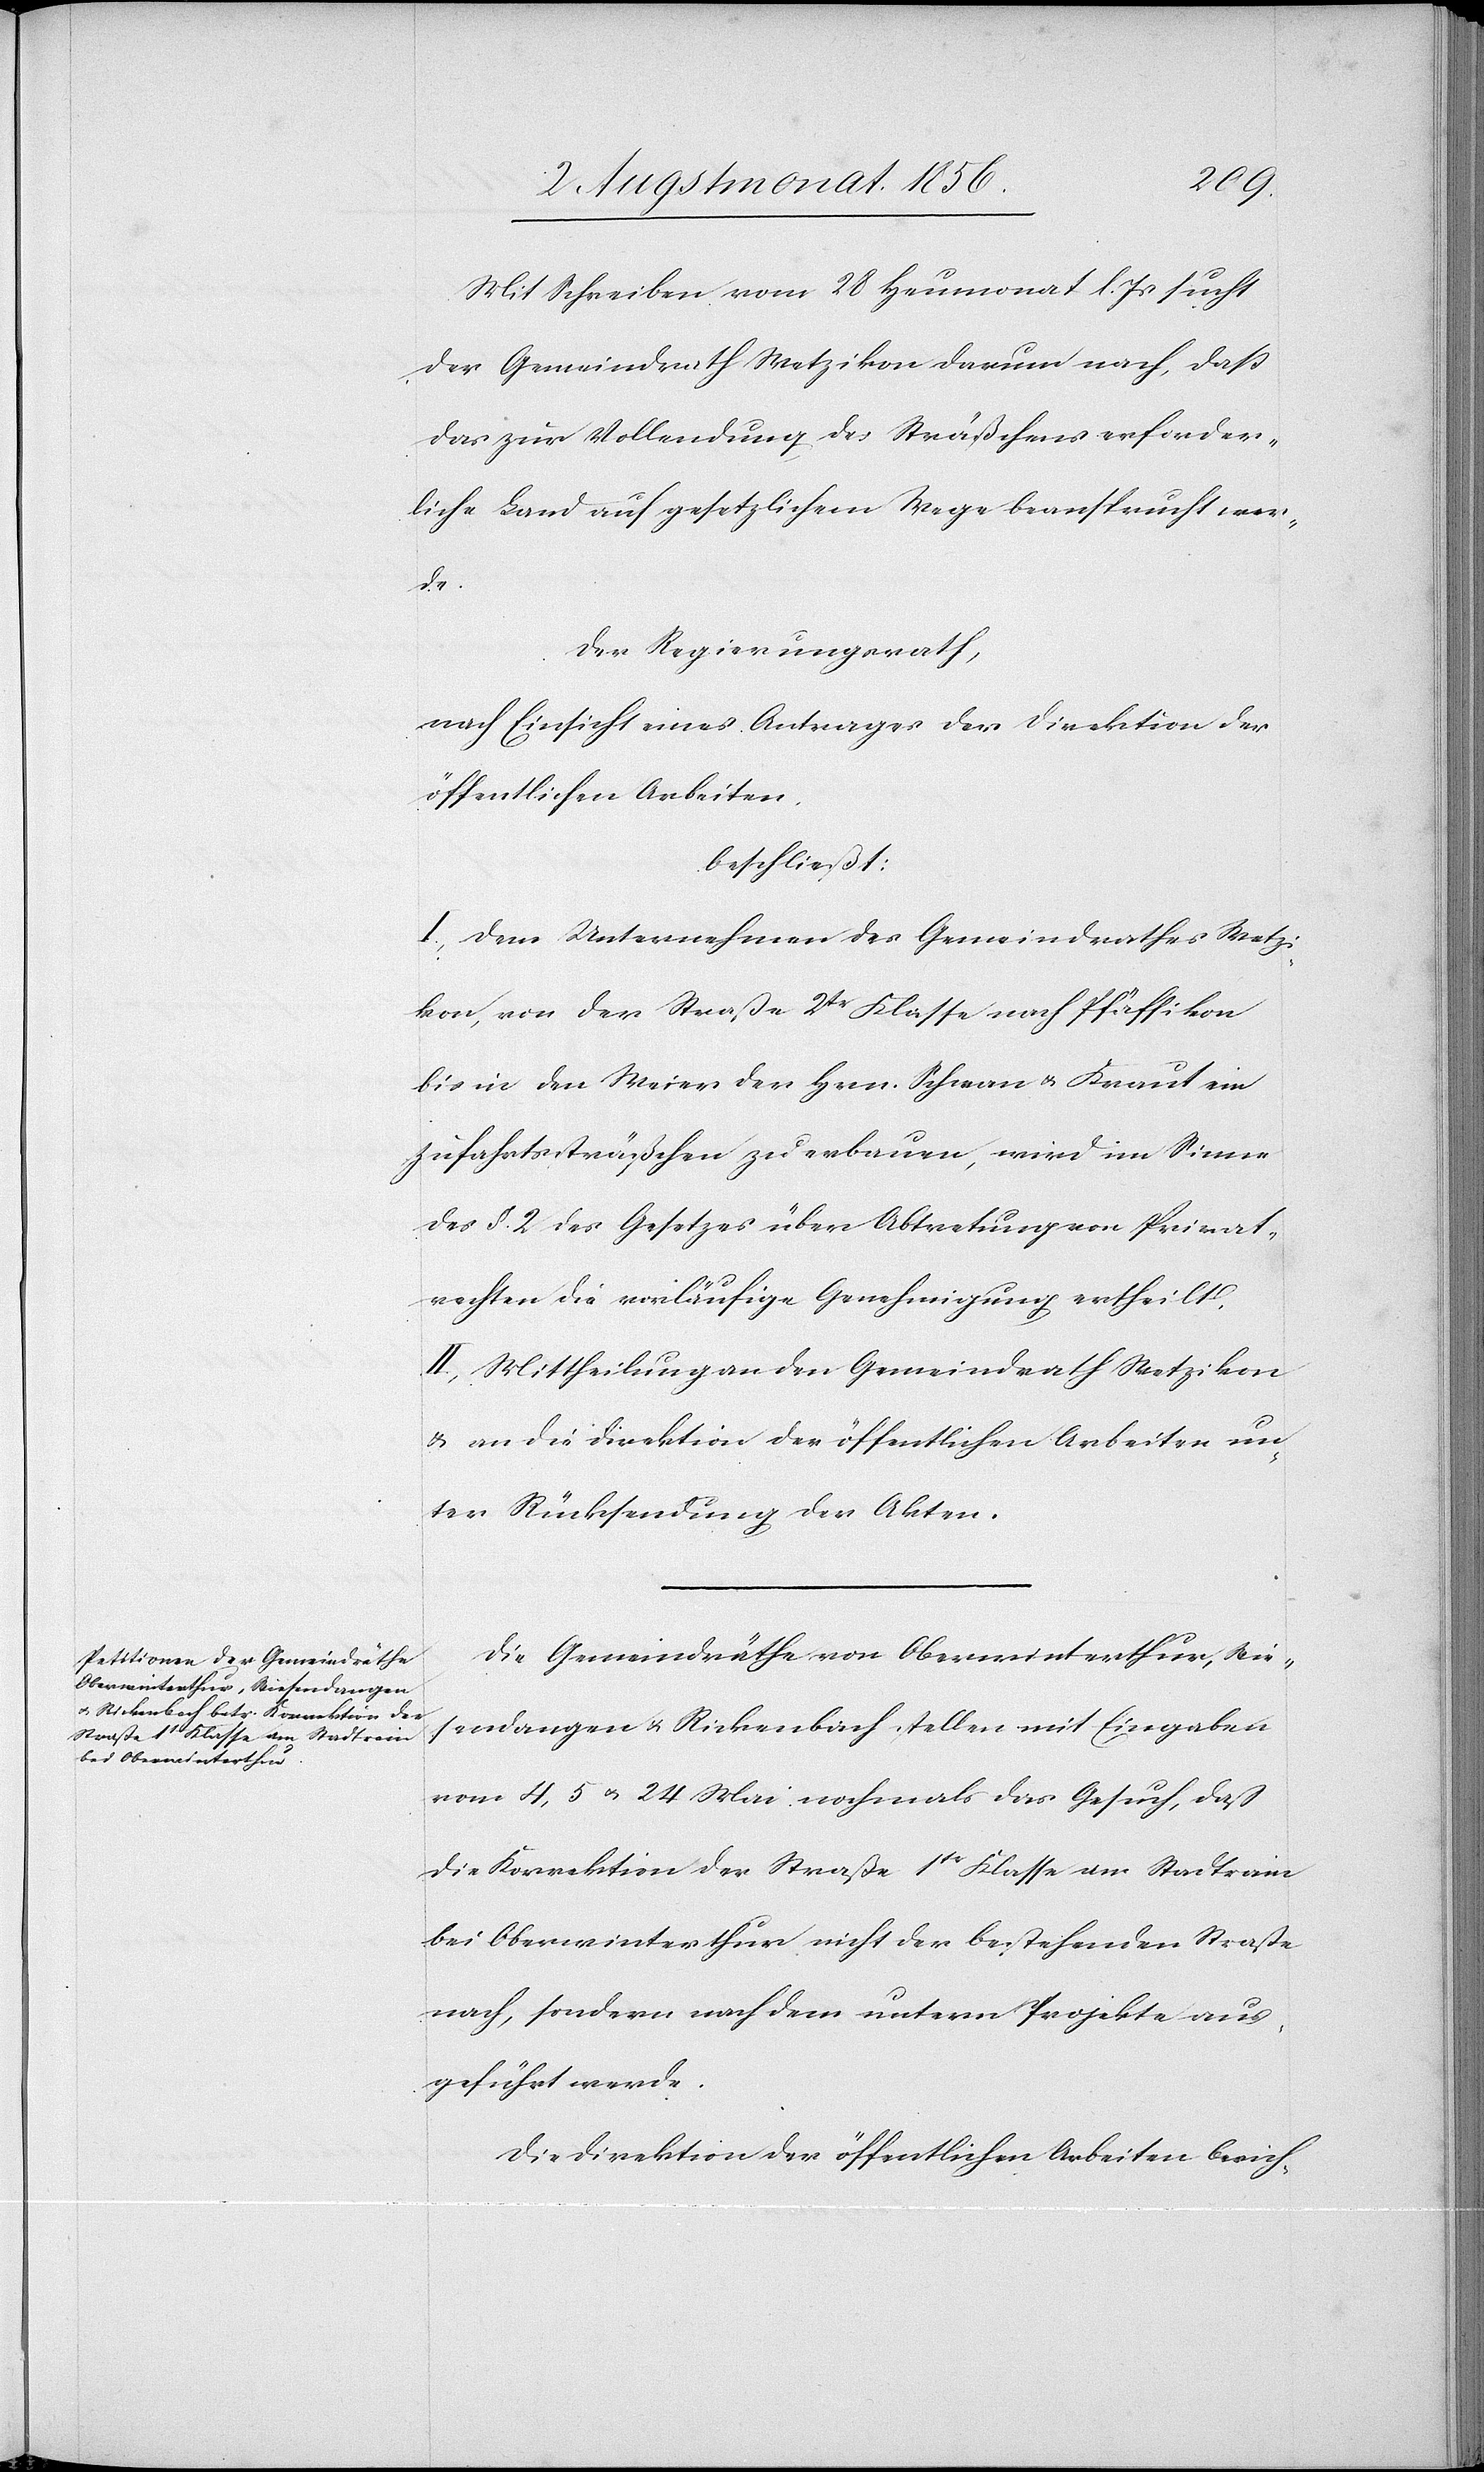
Mit Schreiben vom 28 Heumonat l. Js sucht
der Gemeindrath Wetzikon darum nach, dass
das zur Vollendung des Sträßchens erforder¬
liche Land auf gesetzlichem Wege beansprucht wer¬
de.
Der Regierungsrath,
nach Einsicht eines Antrages der Direktion der
öffentlichen Arbeiten,
beschließt:
I.) Dem Unternehmen des Gemeindrathes Wetz¬
ikon, von der Straße 2tr Klasse nach Pfäffikon
bis in den Weier der Hrn. Schwan & Kraut ein
Zufahrtssträßchen zu erbauen, wird im Sinne
des §. 2 des Gesetzes über Abtretung von Privat¬
rechten die vorläufige Genehmigung ertheilt.
II.) Mittheilung an den Gemeindrath Wetzikon
& an die Direktion der öffentlichen Arbeiten un¬
ter Rücksendung der Akten.
Die Gemeindräthe von Oberwinterthur, Wie¬
sendangen u. Rickenbach stellen mit Eingaben
vom 4, 5 u. 24 Mai nochmals das Gesuch, daß
die Korrektion der Straße 1tr Klasse am Stadtrain
bei Oberwinterthur nicht der bestehenden Straße
nach, sondern nach dem untern Projekte aus¬
geführt werde.
Die Direktion der öffentlichen Arbeiten berich-